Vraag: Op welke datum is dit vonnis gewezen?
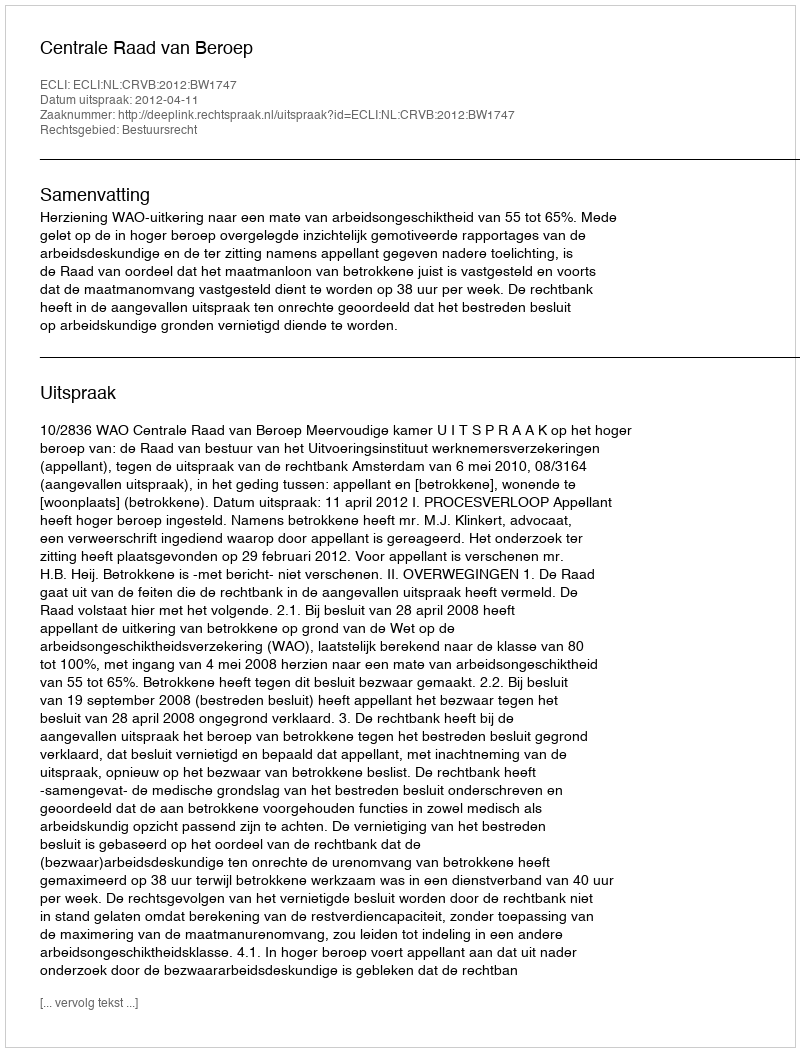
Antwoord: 2012-04-11